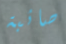
صائبة